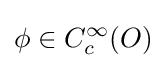
\phi \in C_{c}^{\infty }(O)